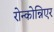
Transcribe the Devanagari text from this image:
रोन्कोन्निएर